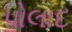
પોલાદ